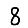
Digit: 8